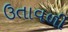
ઉતાવળી